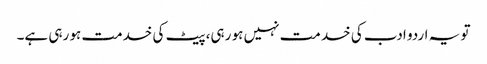
تو یہ اردو ادب کی خدمت نہیں ہو رہی، پیٹ کی خدمت ہو رہی ہے۔